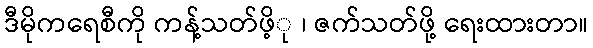
ဒီမိုကရေစီကို ကန့်သတ်ဖိ့ု ၊ ဇက်သတ်ဖို့ ရေးထားတာ။